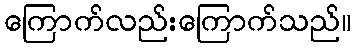
ကြောက်လည်းကြောက်သည်။